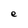
Character: e